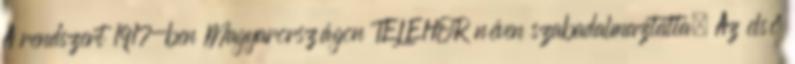
A rendszert 1917-ben Magyarországon TELEHOR néven szabadalmaztatta. Az első